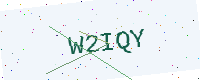
Text: W2IQY